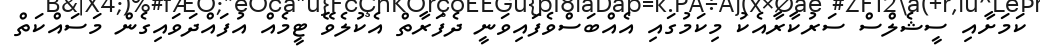
ކަމަށާއި ސީޝެލްސް ސަރުކާރާއެކު މިކަމުގައި އެއްބަސްވެފައިވަނީ ދެފަރާތް އެކުލެވޭ ޓީމެއް އުފައްދަވައިގެން މަސައްކަތް